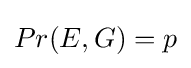
Pr(E,G)=p